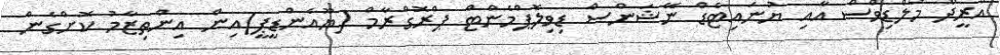
އުރީދޫ މޯލްޑިވްސް އާއި ޔުނައިޓެޑް ނޭޝަންސް ޑިވިލޮޕްމެންޓް ޕްރޮގްރާމް (ޔޫއެންޑީޕީ)އިން އިންތިޒާމު ކޮށްގެން